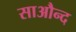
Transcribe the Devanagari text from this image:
साऔन्द